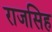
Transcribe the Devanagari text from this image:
राजसिह